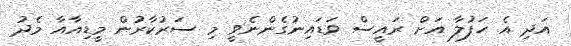
އަދި އެ ހަފުލާ އަށް ރައީސް ވަޑައިނުގެންނެވީ މި ސަރުކާރުން މީޑިއާއާ މެދު